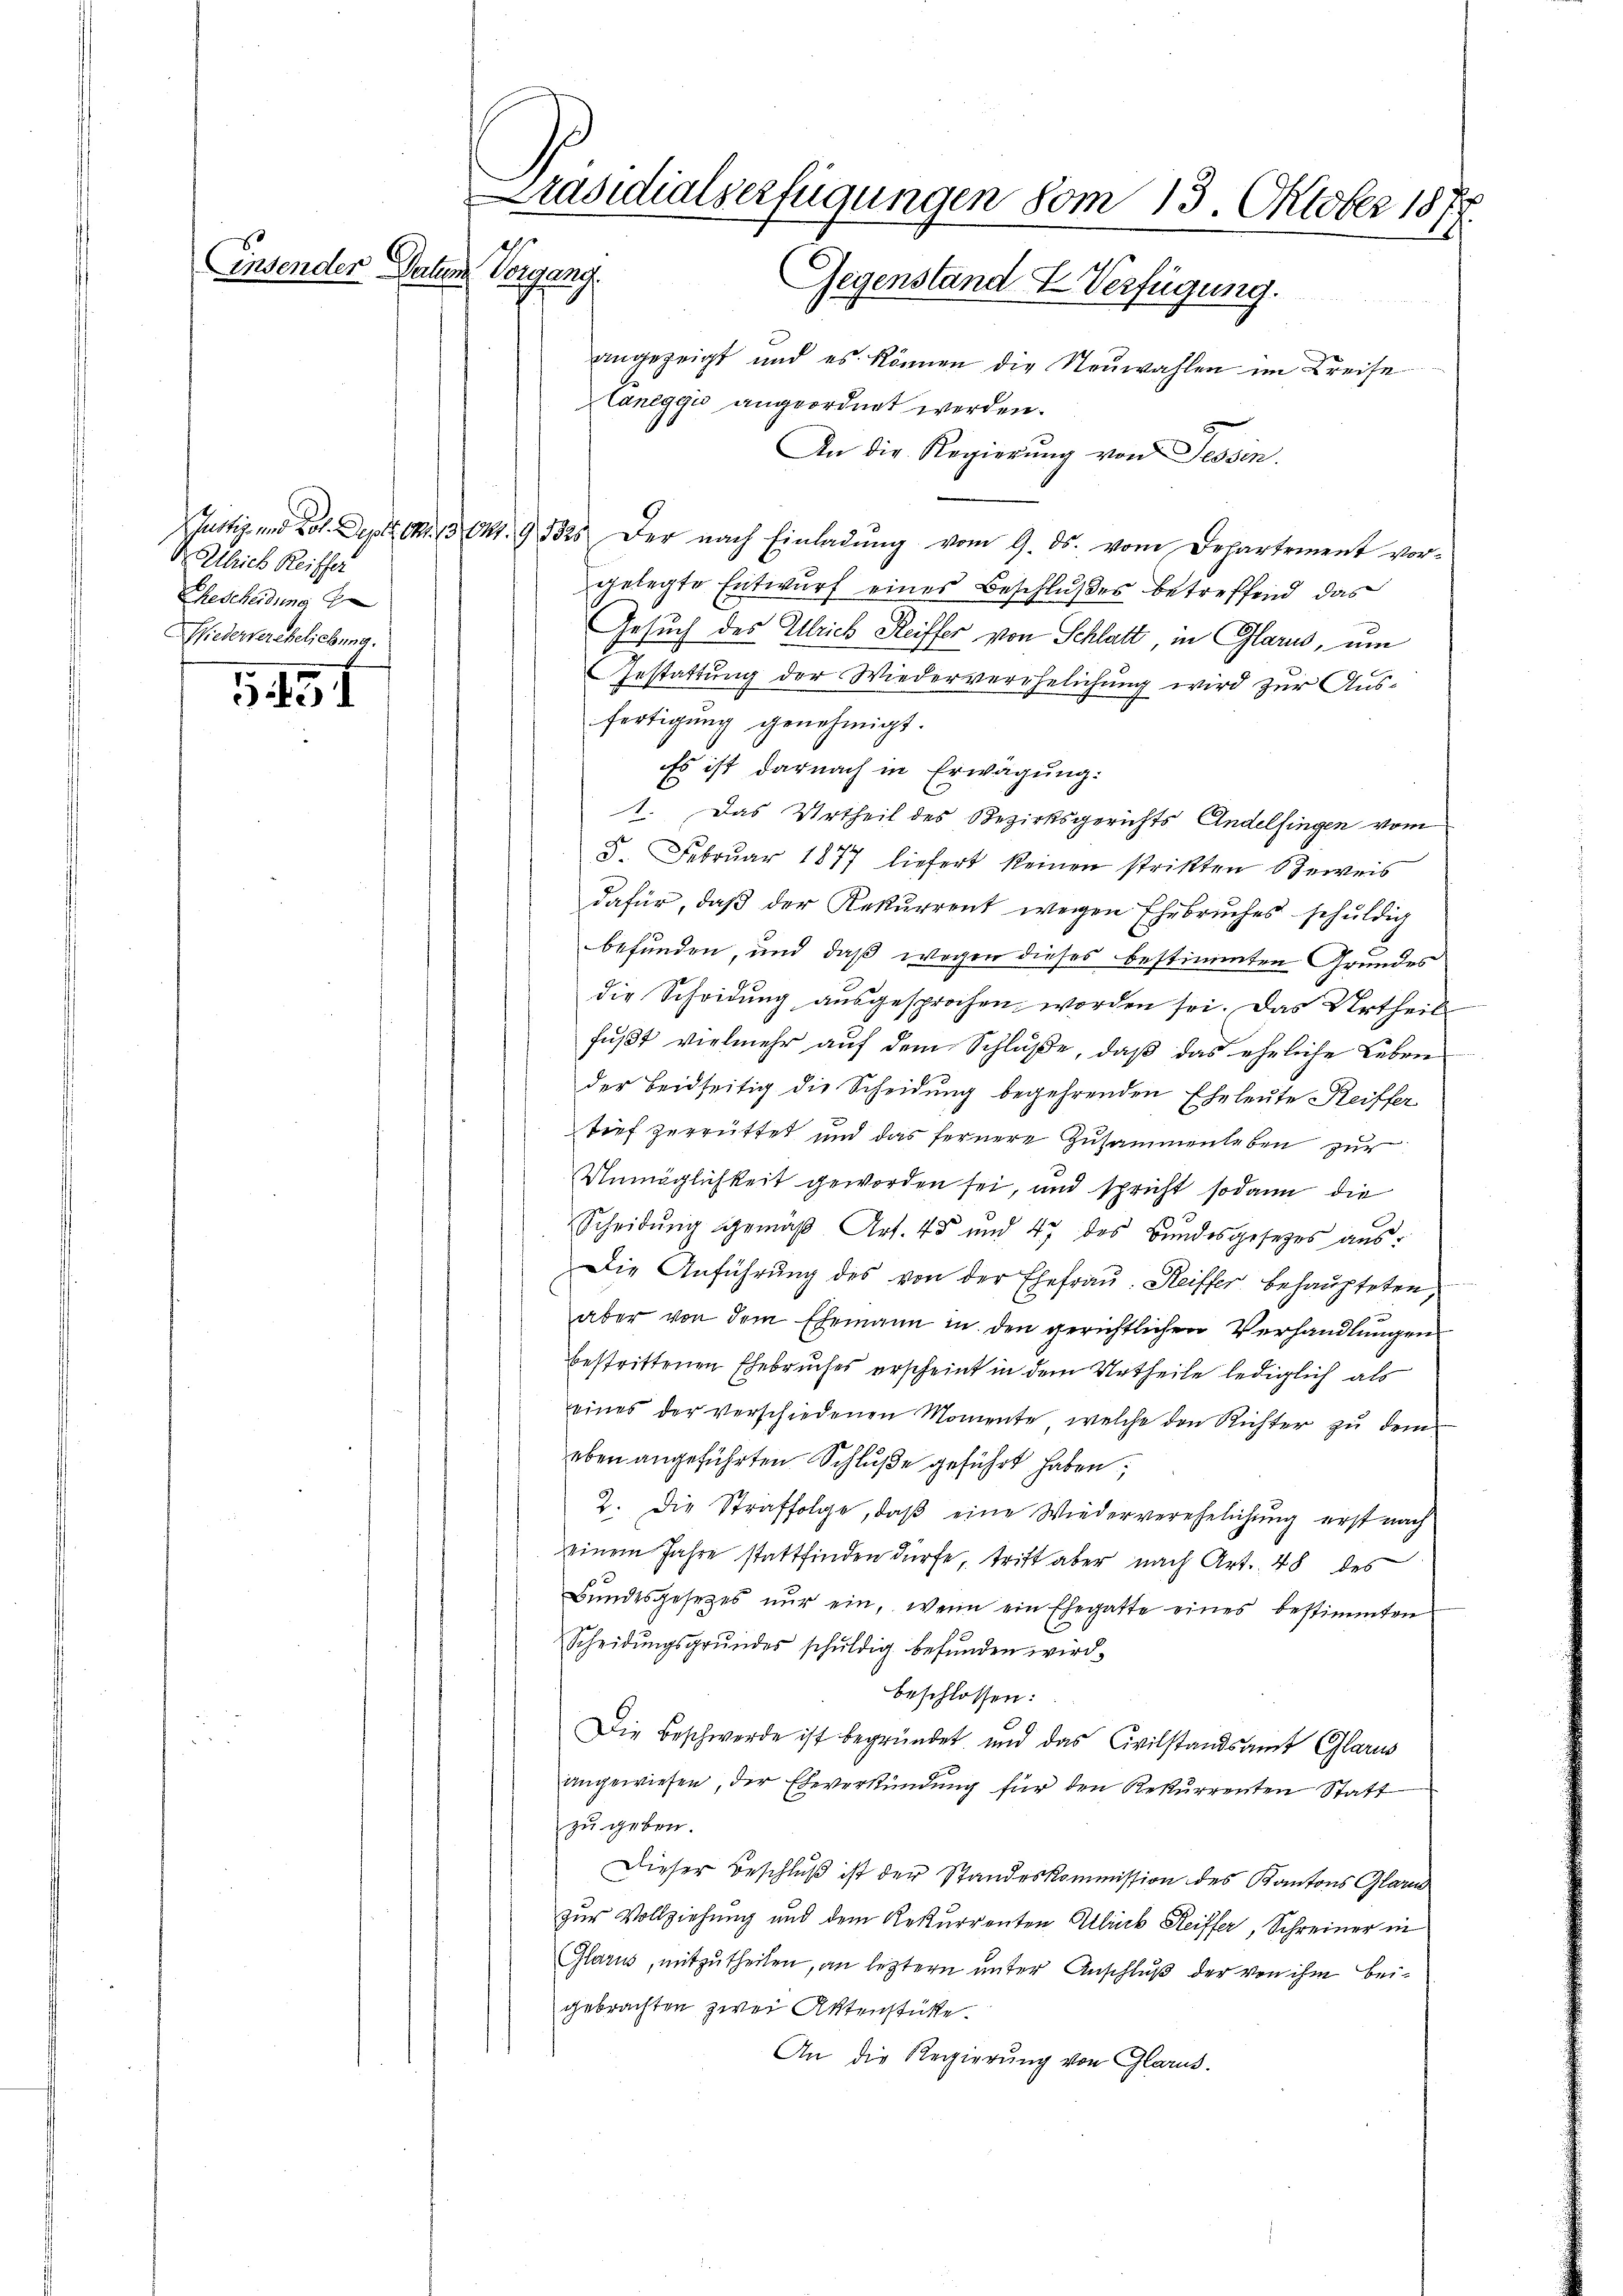
Präsidialserfügungen vom 13. Oktober 1877.
Einsender Datum
Peper
Gegenstand I Verfügung.

angezeigt und es können die Neuwahlen im Kreise
Caneggi angeordnet werden.
An die Regierung von Tessin.
Justiz und Los. Dept. l. 3 641. 91325 der nach Einladŭng vom 9. ds. vom Departement vor-
gelegte Entwurf eines Beschlußes betreffend das
Gesuch des Ulrich Reiffer von Schlatt, in Glarus, um
Gestattung der Wiederverehelichung wird zur Aus-
fertigung genehmigt.
Es ist darnach in Erwägung:
1. Das Urtheil des Bezirksgerichts Andelfingen vom
8. Februar 1847 liefert keinen strikten beweis
dafür, daß der Rekurrent wegen Ehebruches schuldig
befunden, und daß wegen dieses bestimmten Grundes
die Scheidung ausgesprochen worden sei. Das Urtheils
füßt vielmehr auf dem Schluße, daß das eheliche Leben
der beidseitig die Scheidung begehrenden Eheleute Reiffer
tief zerrüttet und das fernere Zusammenleben zur
Unmöglichkeit geworden sei, und spricht sodann die
Scheidung gemäß Art. 45 und 47 des Bundesgesetzes aus¬
Die Anführung des von der Ehefrau. Reiffer behaupteten,
n
aber von dem Ehemann in den gerichtlichen Verhandlungen
bestrittenen Ehebruches erscheint in dem Urtheile lediglich als
eines der verschiedenen Momente, welche den Richter zu dem
eben angeführten Schluße geführt haben;
2. Die Straffolge, daß eine Wiederverehelichung erst nach
einem Jahre stattfinden dürfe, tritt aber nach Art. 48 des
Bŭndesgesetzes nŭr ein, wenn ein Ehegatte eines bestimmten
Scheidŭngsgrundes schŭldig befŭnden wird.
beschlossen:
Die Beschwerde ist begründet und das Civilstandsamt Glarus
angewiesen, der Eheverstündung für den Rekurrenten Statt
zu geben.
Dieser Beschluß ist der Standeskommission des Kantons Glarus
zur Vollziehung und dem Rekurrenten Alick Reiffer, Schreiner in
Glarus, mitzutheilen, an letztern unter Anschluß der von ihm beigebrachten zwei Aktenstücke.
An die Regierung von Glarus.

Ulrich Reiffer
Ehescheidung
Wiedervereheliebung.

5497